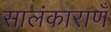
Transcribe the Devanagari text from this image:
सालंकाराणँ